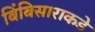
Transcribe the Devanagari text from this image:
बिंबिसाराकडे